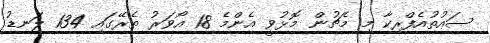
ސައުތުއެފްރިކާ މި މެޗުން މޮޅުވީ އެންމެ 18 އޯވަރު ތެރޭގައި 134 ލަނޑު